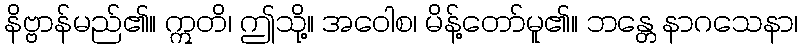
နိဗ္ဗာန်မည်၏။ ဣတိ၊ ဤသို့။ အဝေါစ၊ မိန့်တော်မူ၏။ ဘန္တေ နာဂသေနာ၊